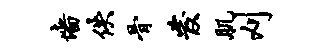
墙佚骨发肌刈